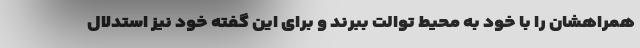
همراهشان را با خود به محیط توالت ببرند و برای این گفته خود نیز استدلال